Report of the Municipal Commissioner on the plague in Bombay for the year ending 31st May... - Volume 2
Disease focus: Plague
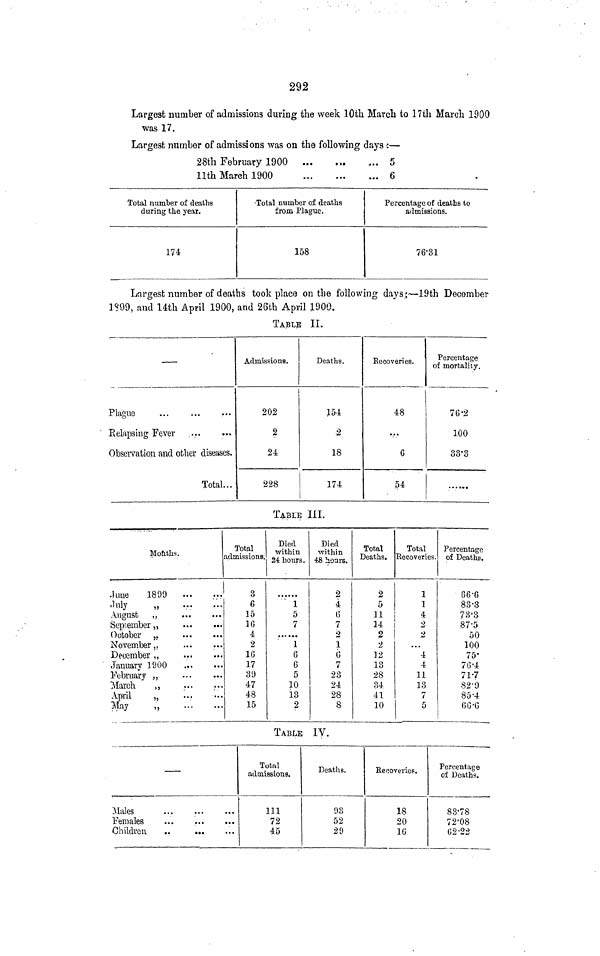
292
Largest number of admissions during the week 10th March to 17th March 1000
was 17.
Largest number of admissions was on the following days :—
28th February 1900
5
llth March 1900
6
Total number of deaths
during the year.
174
•Total number of deaths
from Plague.
158
Percentage of deaths to
admissions.
76-31
Largest number of deaths took place on the following days;—19th December
1?99, and 14th April 1900, and 26th April 1900.
TABLE II.
—
Plague
...
Relapsing Fever
Observation and other diseases.
Total...
Admissions.
202
2
24
228
Deaths.
154
2
18
174
Recoveries.
48
V
G
54
Percentage
of mortality.
76-2
100
33'3
TABLE III.
Months.
.lime 1899
'"Inly
„
August „
September ,,
October ,.
November,,
December ,,
January 1900
February ,,
March
,,
April
„
'...
May
„
Total
admissions.
3
G
15
16
*
2
1G
17
39
47
48
15
Died
within
2i bxrars.
1
5
7
1
6
6
5
10
is
2
Died
within
48 hoars.
2
4
G
7
2
1
G
7
23
24
28
8
Total
Deaths.
2
5
11
14
2
2
12
13
28
34
41
10
Total
Recoveries.
1
1
4
2
2
...
4
4
11
18
7
5
Percentage
of Deaths.
66-6
83-3
73'3
87-5
50
100
75'
7G-4
71-7
82'9
85-4
GG-G
TABLE IV.
—
Males
Females
Children
..
Total
admissions.
Ill
72
45
Deaths.
93
52
29
Recoveries.
18
20
1G
Percentage
of Deaths.
83-78
72-08
G2-22